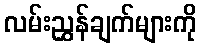
လမ်းညွှန်ချက်များကို